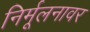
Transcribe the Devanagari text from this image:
निर्मूलनावर